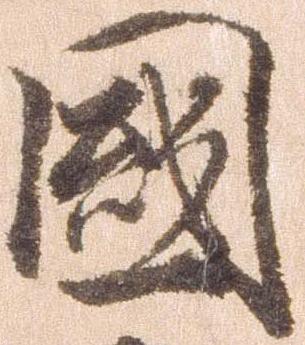
国